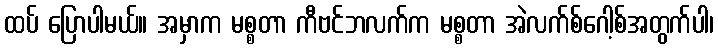
ထပ် ပြောပါမယ်။ အမှာက မစ္စတာ ကီဗင်ဘလက်က မစ္စတာ အဲလက်စ်ဂေါ့စ်အတွက်ပါ၊